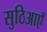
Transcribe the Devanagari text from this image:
सुठिआएँ